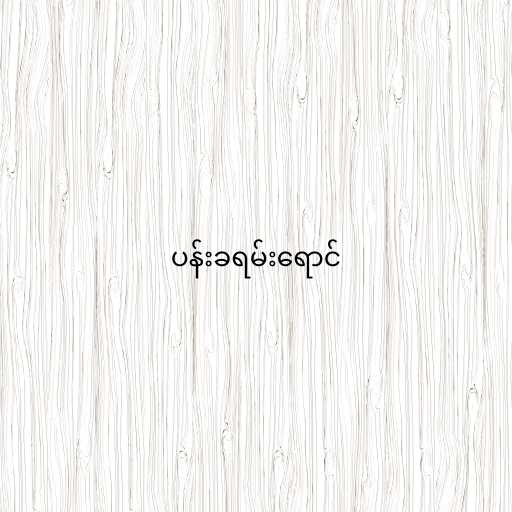
ပန်းခရမ်းရောင်